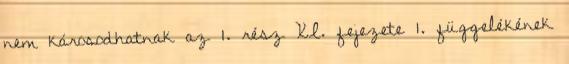
nem károsodhatnak az 1. rész XI. fejezete 1. függelékének